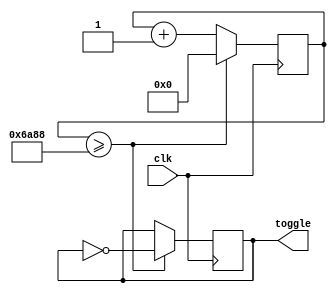
module frequency_generator #(

  parameter FREQUENCY = 440
) (
  input clk,
  output reg toggle
);

  reg [23:0] count = 0;
  reg [23:0] target = 12_000_000 / FREQUENCY; // Calculate the target count for the desired frequency

  always @(posedge clk) begin
    if (count >= target) begin
      toggle <= ~toggle; // Toggle the output signal
      count <= 0; // Reset the counter
    end else begin
      count <= count + 1; // Increment the counter
    end
  end

endmodule